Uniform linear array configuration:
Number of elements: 24
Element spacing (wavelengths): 0.25
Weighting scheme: cosine
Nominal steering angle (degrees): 45
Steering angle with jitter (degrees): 45.475
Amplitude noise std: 0.05
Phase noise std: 0.05

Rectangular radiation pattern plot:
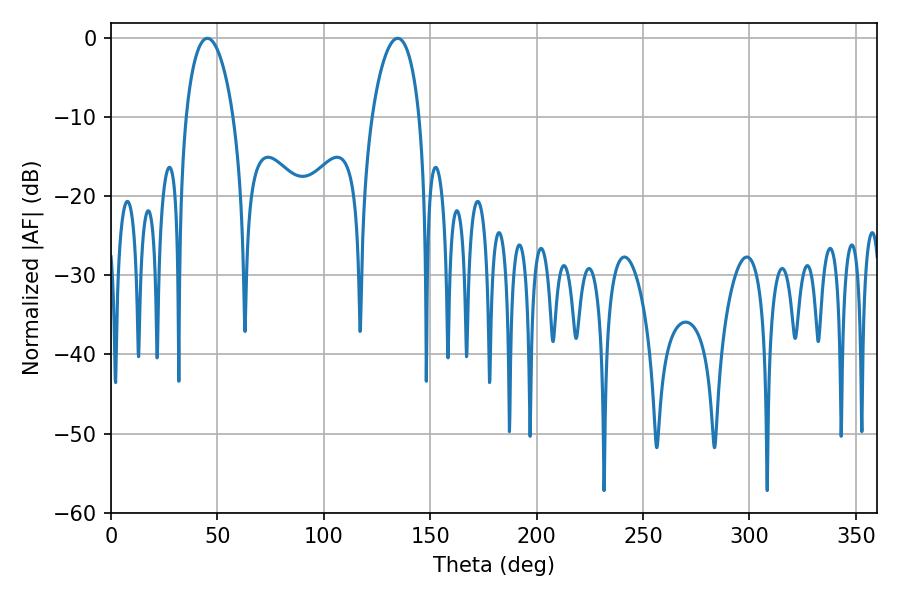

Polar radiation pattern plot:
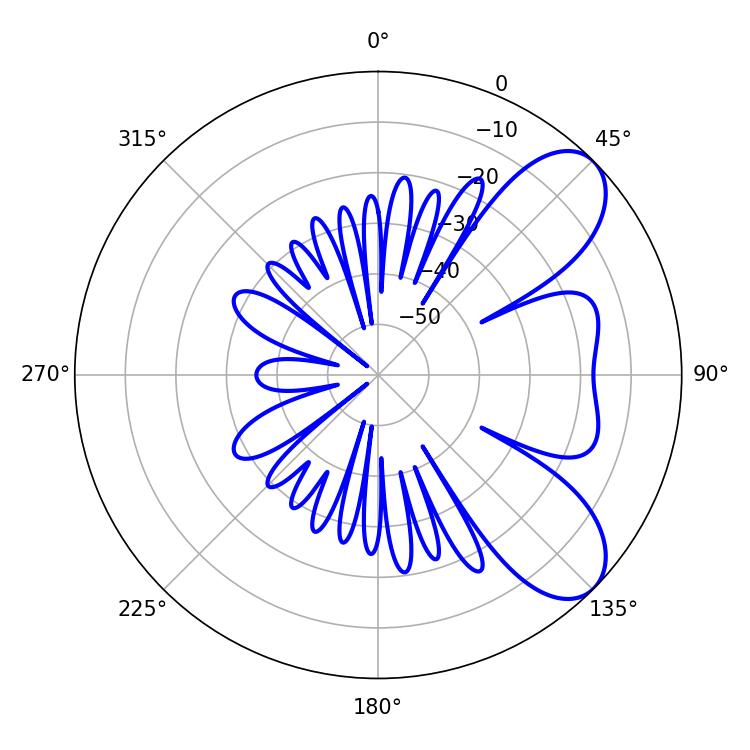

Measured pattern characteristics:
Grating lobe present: FALSE
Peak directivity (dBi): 7.546
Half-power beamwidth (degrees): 12.78
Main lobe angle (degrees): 45.36